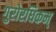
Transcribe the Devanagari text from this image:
गुरोरधिकम्